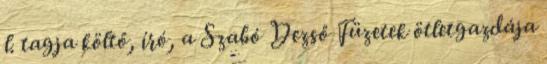
l. tagja költő, író, a Szabó Dezső Füzetek ötletgazdája